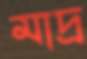
মাদ্র